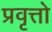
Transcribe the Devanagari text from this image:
प्रवृत्तो